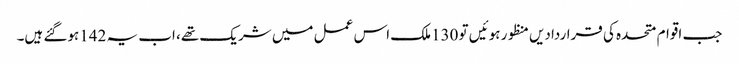
جب اقوام متحدہ کی قراردادیں منظور ہوئیں تو 130ملک اس عمل میں شریک تھے، اب یہ 142ہوگئے ہیں۔